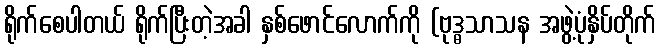
ရိုက်စေပါတယ် ရိုက်ပြီးတဲ့အခါ နှစ်ဖောင်လောက်ကို (ဗုဒ္ဓသာသန အဖွဲ့ပုံနှိပ်တိုက်